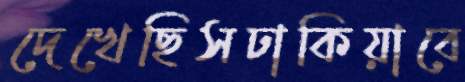
দেখেছিসঢাকিয়াবে